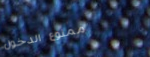
ممنوع الدخول